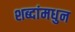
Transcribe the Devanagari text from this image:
शब्दांमधुन